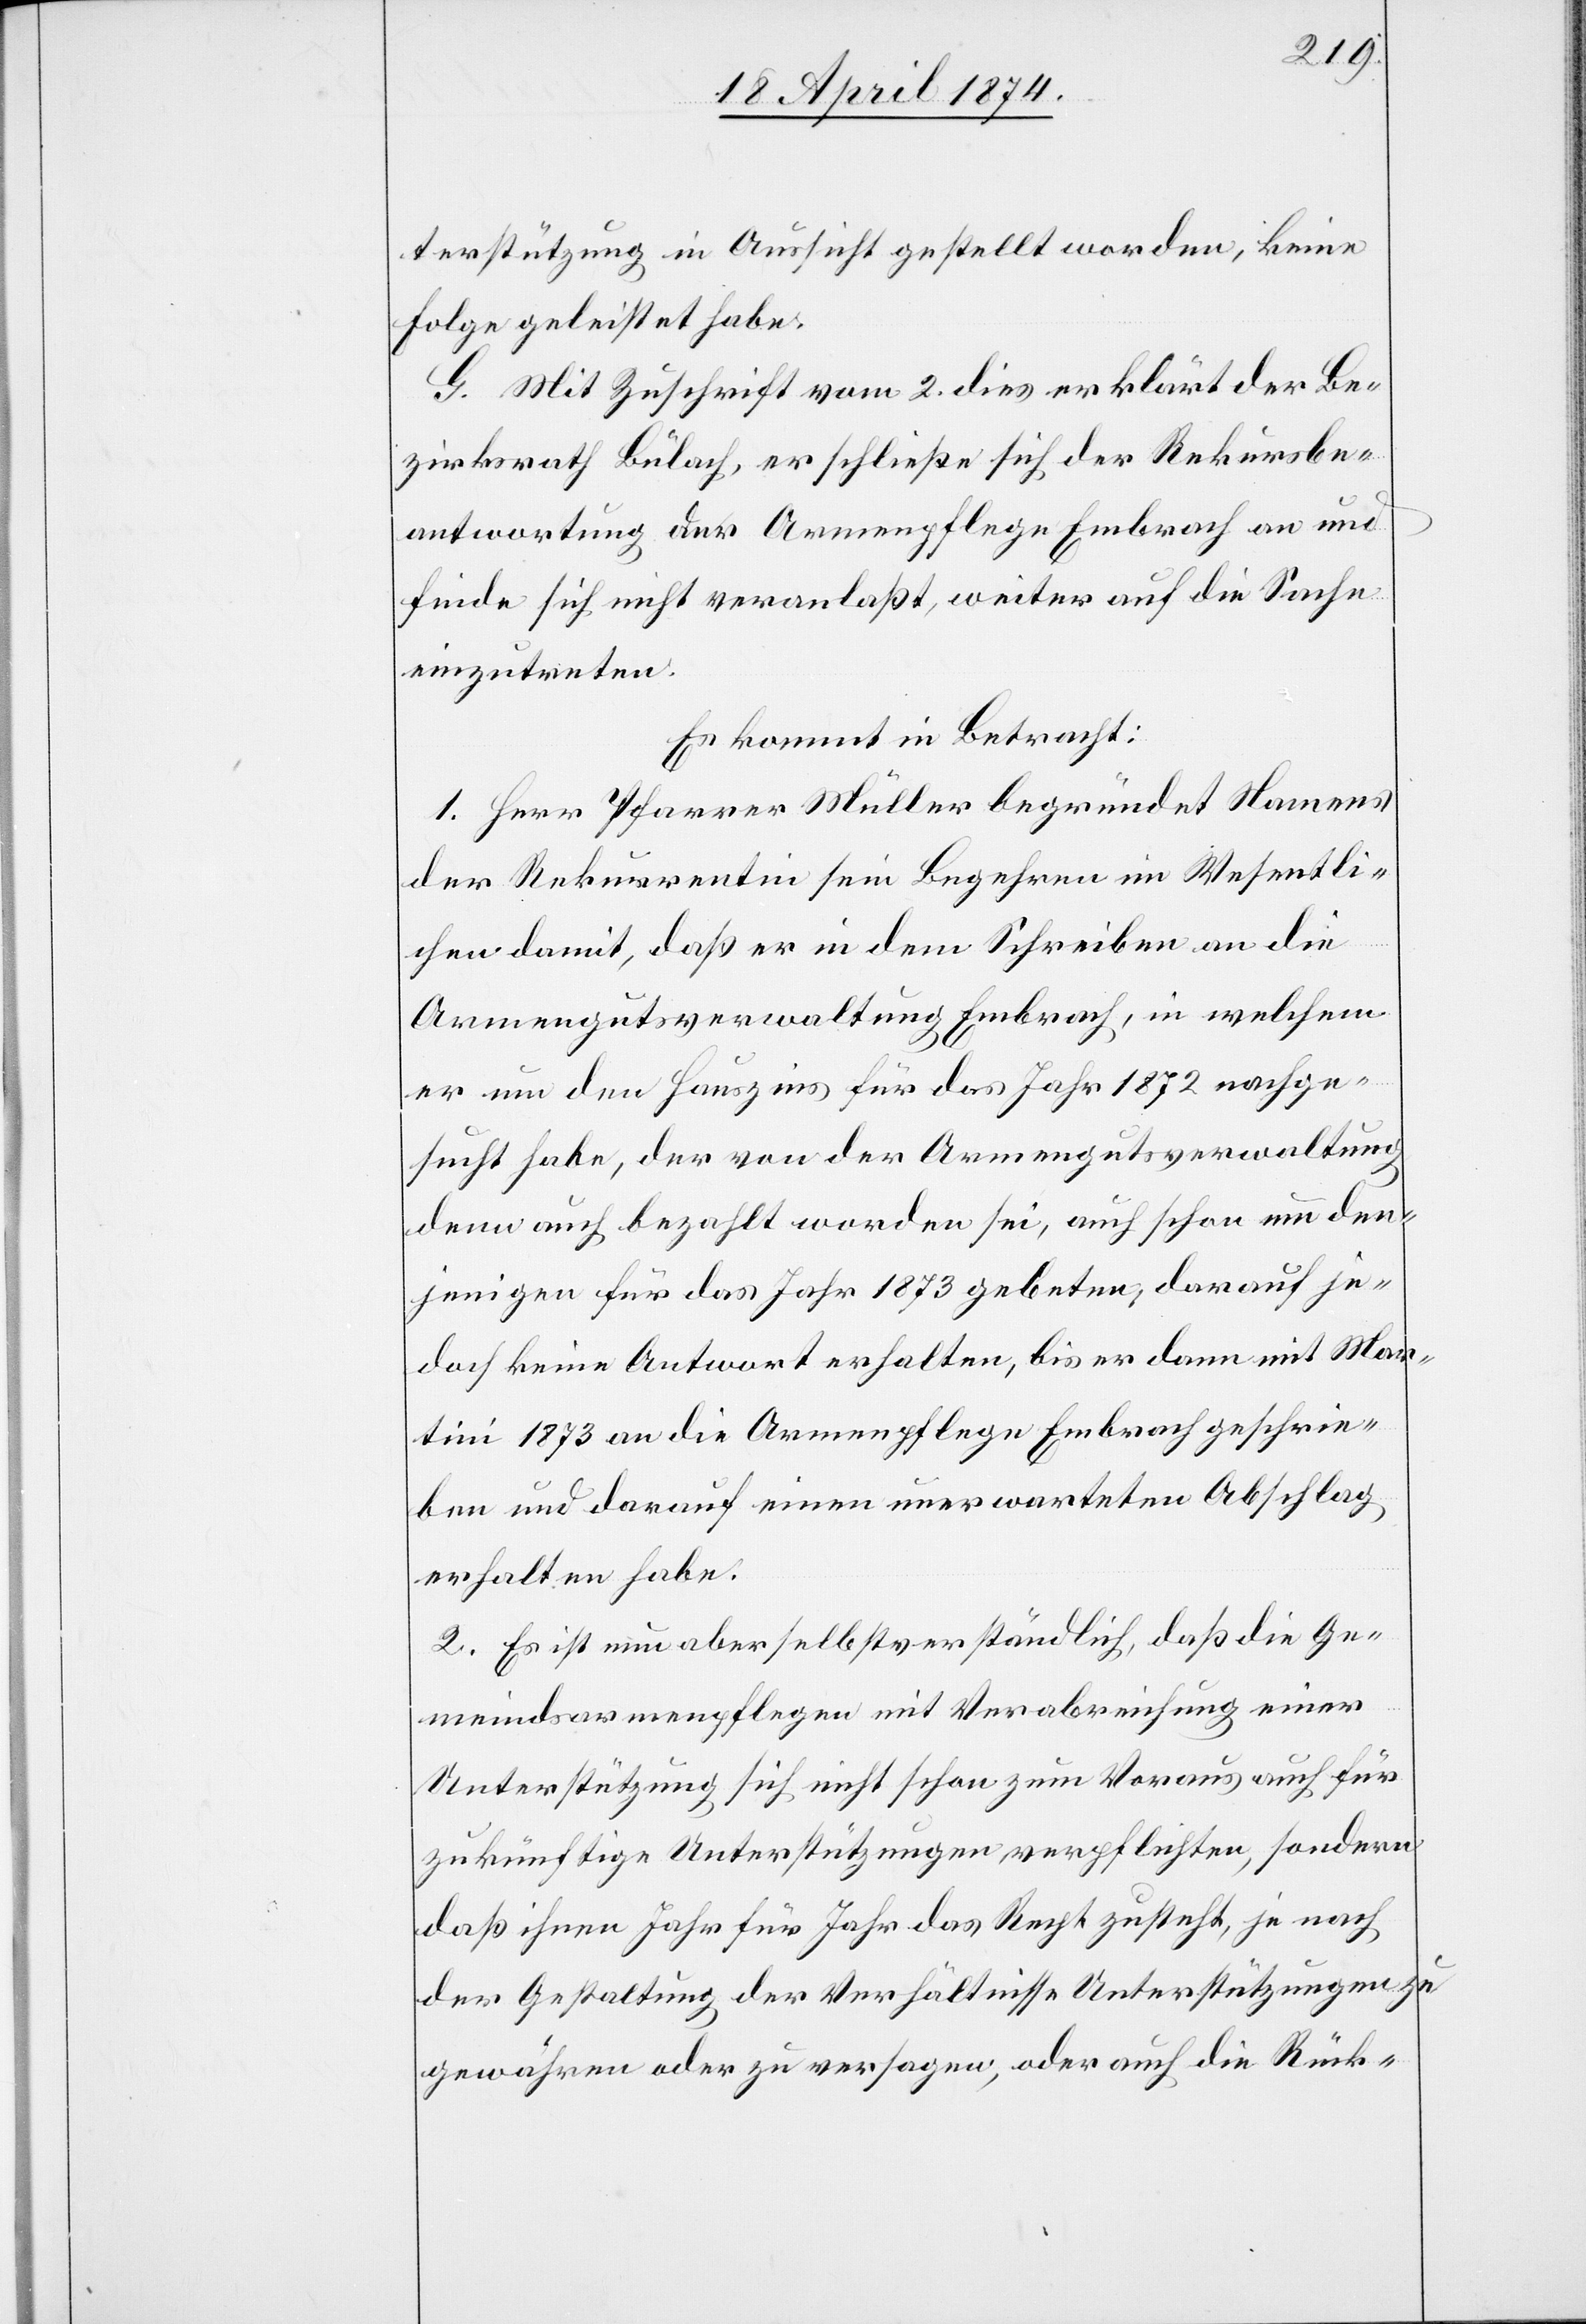
terstützung in Aussicht gestellt worden, keine
Folge geleistet habe.
G. Mit Zuschrift vom 2. dies erklärt der Be¬
zirksrath Bülach, er schließe sich der Rekursbe¬
antwortung der Armenpflege Embrach an und
finde sich nicht veranlaßt, weiter auf die Sache
einzutreten.
Es kommt in Betracht:
1. Herr Pfarrer Müller begründet Namens
der Rekurrentin sein Begehren im Wesentli¬
chen damit, daß er in dem Schreiben an die
Armengutsverwaltung Embrach, in welchem
er um den Hauszins für das Jahr 1872 nachge¬
sucht habe der von der Armengutsverwaltung
denn auch bezahlt worden sei, auch schon um den¬
jenigen für das Jahr 1873 gebeten, darauf je¬
doch keine Antwort erhalten, bis er dann mit Mar¬
tini 1873 an die Armenpflege Embrach geschrie¬
ben und darauf einen unerwarteten Abschlag
erhalten habe.
2. Es ist nun aber selbstverständlich, daß die Ge¬
meindsarmenpflegen mit Verabreichung einer
Unterstützung sich nicht schon zum Voraus auch für
zukünftige Unterstützungen verpflichten, sondern
daß ihnen Jahr für Jahr das Recht zusteht, je nach
der Gestaltung der Verhältnisse Unterstützungen zu
gewähren oder zu versagen, oder auch die Rück-